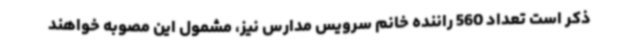
ذکر است تعداد 560 راننده خانم سرویس مدارس نیز، مشمول این مصوبه خواهند